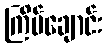
ကြိမ်ချောင်း